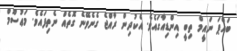
ބައްޕަ ނައީމް ތިބީ އިންޑިއާގައެވެ. އެކުދިން ރާއްޖެ ގެނެވޭނެ ގޮތެއް ނެތިފައެވެ. މަޢުސޫމް